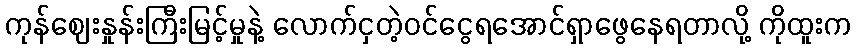
ကုန်ဈေးနှုန်းကြီးမြင့်မှုနဲ့ လောက်ငှတဲ့ဝင်ငွေရအောင်ရှာဖွေနေရတာလို့ ကိုထူးက